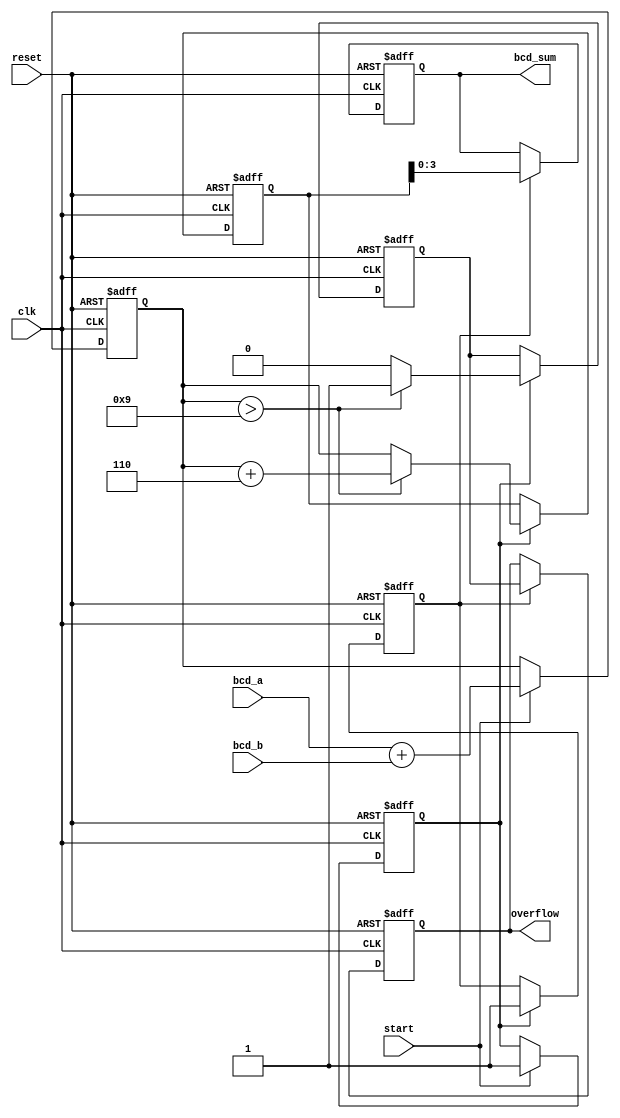
module BCD_Pipelined_Adder (
    input wire clk,
    input wire reset,
    input wire start,
    input wire [3:0] bcd_a, // First BCD digit
    input wire [3:0] bcd_b, // Second BCD digit
    output reg [3:0] bcd_sum, // Resultant BCD digit
    output reg overflow // Overflow signal
);

    // Internal signals
    reg [4:0] sum_stage1; // 5-bit sum to accommodate carry
    reg [4:0] corrected_sum; // Corrected sum after BCD adjustment
    reg carry; // Carry signal for BCD correction
    reg stage1_valid; // Stage 1 valid signal
    reg stage2_valid; // Stage 2 valid signal

    // Stage 1: Initial Addition
    always @(posedge clk or posedge reset) begin
        if (reset) begin
            sum_stage1 <= 5'b0;
            stage1_valid <= 1'b0;
        end else if (start) begin
            sum_stage1 <= bcd_a + bcd_b; // Add BCD digits
            stage1_valid <= 1'b1; // Indicate stage 1 is valid
        end
    end

    // Stage 2: BCD Correction
    always @(posedge clk or posedge reset) begin
        if (reset) begin
            corrected_sum <= 5'b0;
            carry <= 1'b0;
            stage2_valid <= 1'b0;
        end else if (stage1_valid) begin
            // Check if correction is needed
            if (sum_stage1 > 5'b01001) begin // If sum > 9
                corrected_sum <= sum_stage1 + 5'b00110; // Add 6
                carry <= 1'b1; // Set carry for overflow
            end else begin
                corrected_sum <= sum_stage1; // No correction needed
                carry <= 1'b0; // No carry
            end
            stage2_valid <= 1'b1; // Indicate stage 2 is valid
        end
    end

    // Output Logic
    always @(posedge clk or posedge reset) begin
        if (reset) begin
            bcd_sum <= 4'b0;
            overflow <= 1'b0;
        end else if (stage2_valid) begin
            bcd_sum <= corrected_sum[3:0]; // Assign lower 4 bits to output
            overflow <= carry; // Set overflow if carry is generated
        end
    end

endmodule